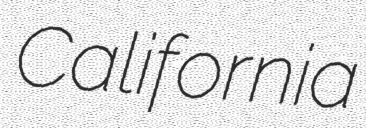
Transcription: California